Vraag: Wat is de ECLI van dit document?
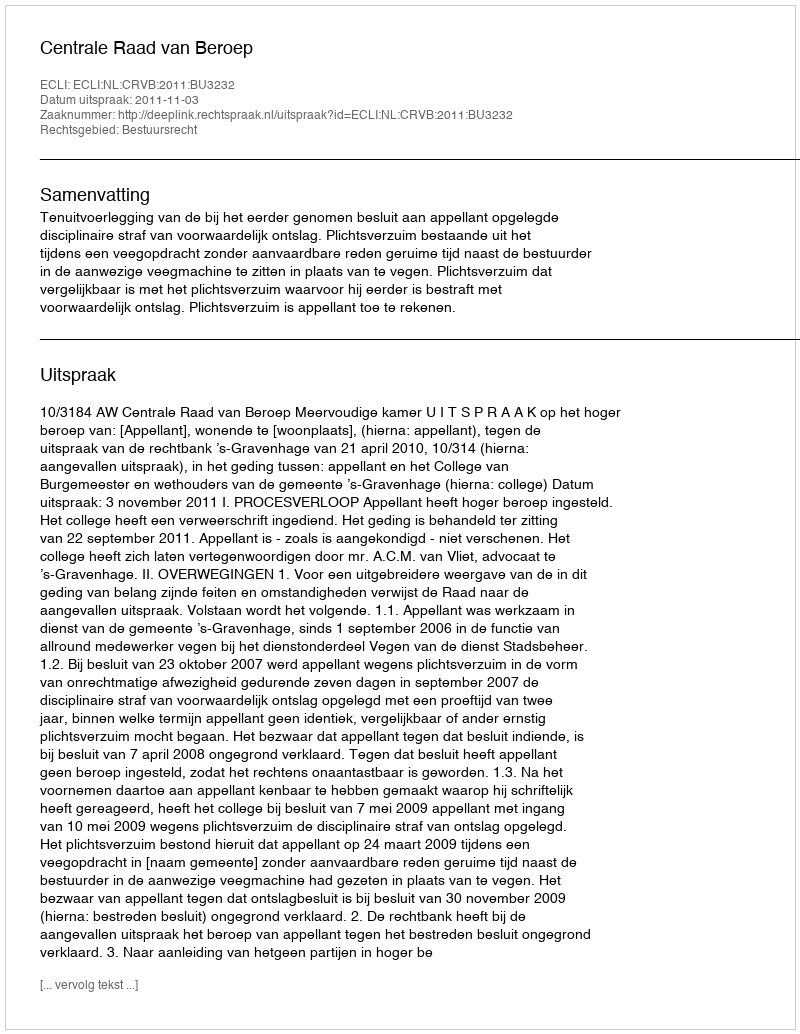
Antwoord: ECLI:NL:CRVB:2011:BU3232